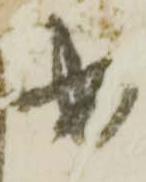
出